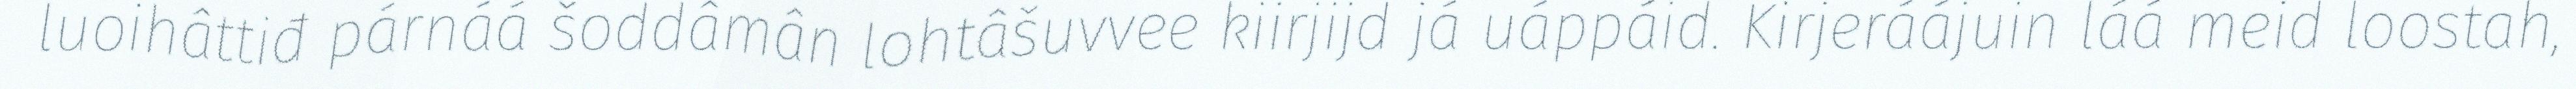
luoihâttiđ párnáá šoddâmân lohtâšuvvee kiirjijd já uáppáid. Kirjeráájuin láá meid loostah,